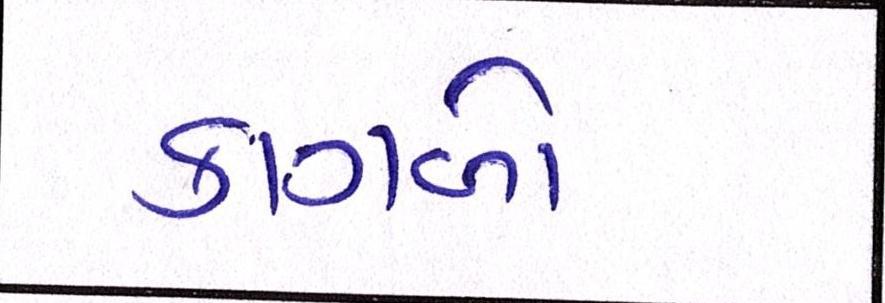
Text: કાગળો